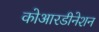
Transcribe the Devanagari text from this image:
कोआरडीनेशन